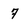
Character: 7